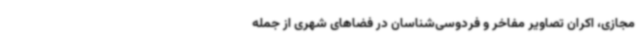
مجازی، اکران تصاویر مفاخر و فردوسی‌شناسان در فضاهای شهری از جمله